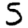
Digit: 5